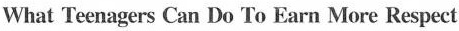
What Teenagers Can Do To Earn More Respect